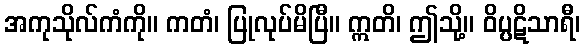
အကုသိုလ်ကံကို။ ကတံ၊ ပြုလုပ်မိပြီ။ ဣတိ၊ ဤသို့။ ဝိပ္ပဋိသာရီ၊